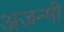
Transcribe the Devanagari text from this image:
अजन्मी